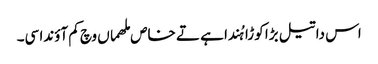
اس دا تیل بڑا کوڑا ہُندا ہے تے خاص ملھماں وچ کم آؤندا سی۔